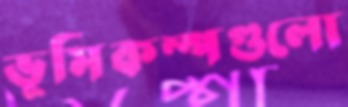
ভূমিকম্পগুলো